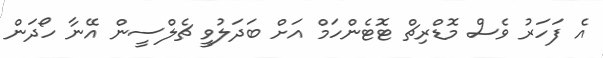
އެ ފަހަރު ވެސް މޮޑްރިޗް ޓޮޓެންހަމް އަށް ބަދަލުވީ ޗެލްސީން އޭނާ ހޯދަން